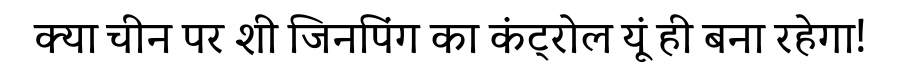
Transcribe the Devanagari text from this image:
क्या चीन पर शी जिनपिंग का कंट्रोल यूं ही बना रहेगा!